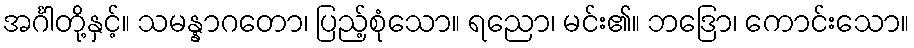
အင်္ဂါတို့နှင့်။ သမန္နာဂတော၊ ပြည့်စုံသော။ ရညော၊ မင်း၏။ ဘဒြော၊ ကောင်းသော။